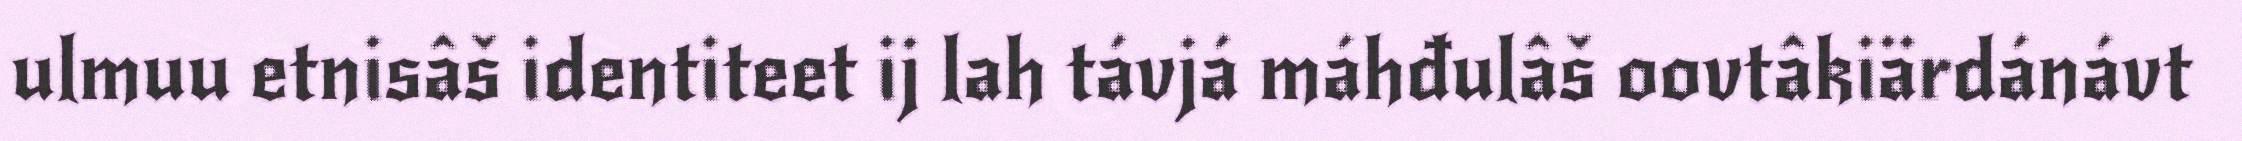
ulmuu etnisâš identiteet ij lah távjá máhđulâš oovtâkiärdánávt